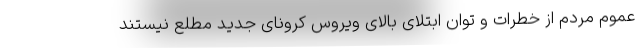
عموم مردم از خطرات و توان ابتلای بالای ویروس کرونای جدید مطلع نیستند